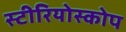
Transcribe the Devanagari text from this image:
स्टीरियोस्कोप